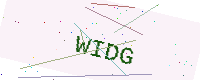
Text: WIDG